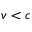
v < c